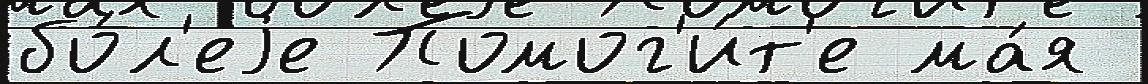
бо́л'еjе Помог'и́т'е ма́я